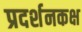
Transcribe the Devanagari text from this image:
प्रदर्शनकक्ष